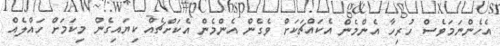
އެހެންނަމަވެސް ހުރިހާ އެންމެން އެކައްޗަކަށް ވެގެން އެންމެން އެކަށްޗެއް ކިޔައިގެން މިކަމަށް ހައްލެއް